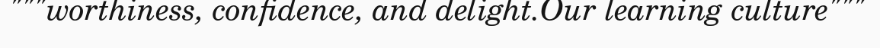
"""worthiness, confidence, and delight.Our learning culture"""